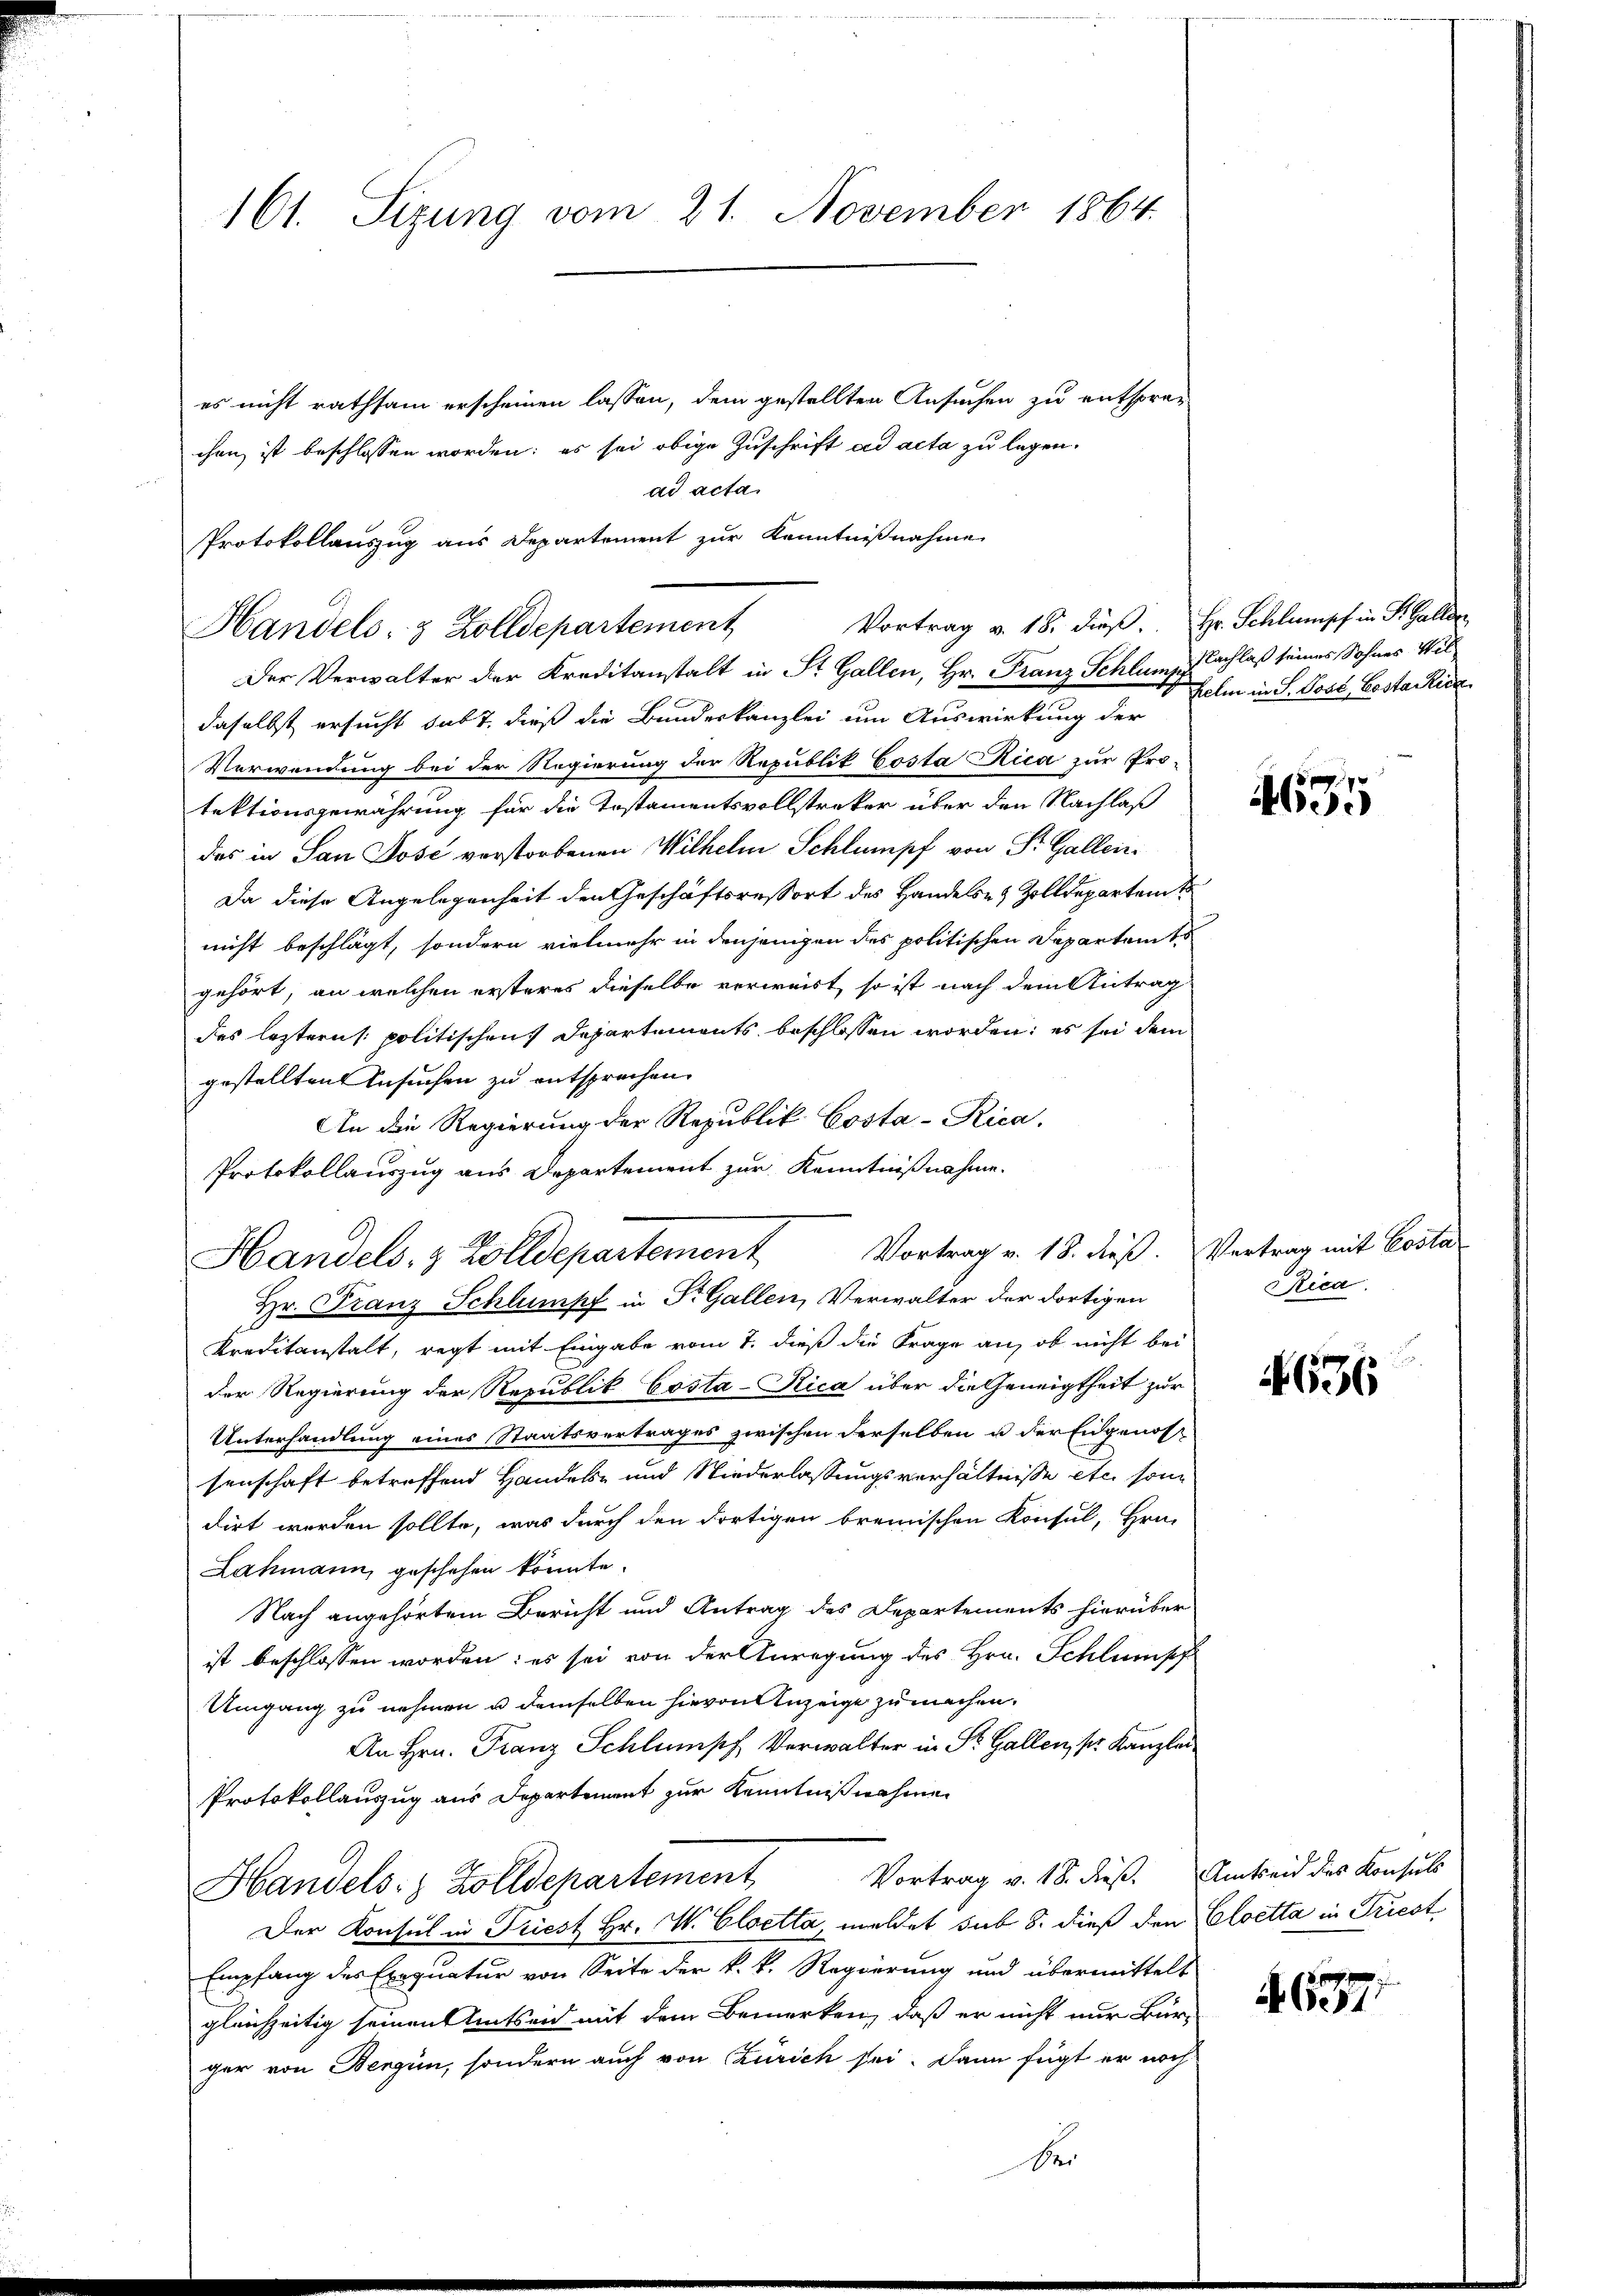
161. Sizung vom 21. November 1864.

es nicht rathsam erscheinen lassen, dem gestellten Ansuchen zu entsprechen ist beschlossen worden; es sei obige Zuschrift ad acta zu legen.
ad acta
Protokollauszug aus Departement zur Kenntnißnahme

Vortrag v. 18. dieß. Hr. Schlumpf in K. Galler
Handels- & Zolldepartement
Der Verwalter der Kreditanstalt in St. Gallen, Hr. Franz Schlump Nachlaß seines Sohnes Wil

Vortrag v. 18. dieß. Vertrag mit Costa
Handels- & Zolldepartement
Hr. Franz Schlumpf in Dr. Gallen, Verwalter der dortigen

daselbst ersucht habt, dieß die Bundeskanzlei um Auswirkung der
Verwendung bei der Regierung der Republik Costa Rica zur Pro-
fektionsgewährung für die Instamentsvollstreker über den Nachlaß
das in San Jose verstorbenen Wilhelm Schlumpf von Sr. Gallen
Da diese Angelegenheit den Geschäftsressort des Handels es Zolldepartamt
nicht beschlägt, sondern vielmehr in denjenigen des politischen Departem t
gehört, an welchen ersteres dieselbe verweist, so ist nach dem Antrag
des leztern politischen Departements beschlossen worden; es sei dem
gestellten Ansuchen zu entsprechen.
An die Regierung der Republik Costa-Kica.
Protokollauszug aus Departement zur Kenntnißnahme.

Kreditanstalt, regt mit Eingabe vom 7. dieß die Frage an, ob nicht bei
der Regierung der Republik Costa-Rica über die Geneigtheit zur
Unterhandlung eines Staatsvertrages zwischen derselben u der Eidgenos
senschaft betreffend Handeln und Niederlassungsverhältnisse etc. sondirt werden sollte, was durch den dortigen brennischen Konsul, Hrn.
Lahmann, geschehen könnte.
Nach angehörtem Bericht und Antrag des Departements hierüber
ist beschlossen worden: es sei von der Anregung des Hrn. Schlumpf
Umgang zu nehmen u demselben hievon Anzeige zu machen.
An Hrn. Franz Schlumpf Verwalter in St. Gallen, pr. Kanzlei
Protokollauszug aus Departement zur Kenntnißnahmen
Vortrag v. 18. dieß. Amtseid des Konsuls
Handels: Zolldepartement,
Der Konsul in Triest Hr. V. Cloetta, meldet sub 8. dieß den Cloetta in Triest
Empfang des Exequatur von Seite der k. k. Regierung und übermittelt
gleichzeitig seinen Amtseid mit dem Bemerken, daß er nicht nur Bür-
ger von Bergün, sondern auch von Zürich sei. Dann fügt er noch
Der

helm in S. Post, Costa Rie

4635

Rica.

4636

§637